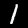
Digit: 1